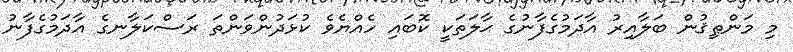
މި މަންޠިޤުން ބަލާއިރު އާދަމުގެފާނުގެ ޙާލަތަކީ ކޮބައި ހެއްޔެވެ ކުޅަދުންވަންތަ ރަސްކަލާނގެ އާދަމުގެފާނު